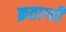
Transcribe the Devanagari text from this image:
क्रताग्नी